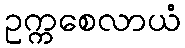
ဥက္ကစေလာယံ